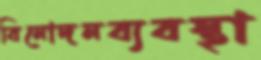
বিনোদনব্যবস্থা